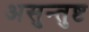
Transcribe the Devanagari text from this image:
असुन्तुष्ट